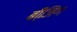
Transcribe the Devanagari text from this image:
बीजि़ंग